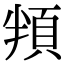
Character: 頖